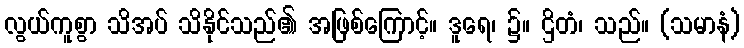
လွယ်ကူစွာ သိအပ် သိနိုင်သည်၏ အဖြစ်ကြောင့်။ ဒူရေ၊ ၌။ ဌိတံ၊ သည်။ (သမာနံ)